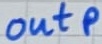
Text: outp